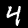
Label: 4